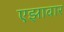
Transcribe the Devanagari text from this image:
एझावार